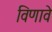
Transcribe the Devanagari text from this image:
विणावे